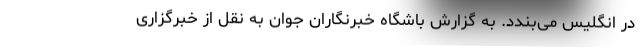
در انگلیس می‌بندد. به گزارش باشگاه خبرنگاران جوان به نقل از خبرگزاری